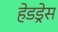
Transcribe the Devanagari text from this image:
हेडड्रेस